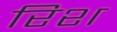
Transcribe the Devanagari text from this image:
रिश